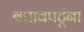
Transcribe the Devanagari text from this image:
बचावपटूंना